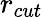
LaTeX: r_{cut}